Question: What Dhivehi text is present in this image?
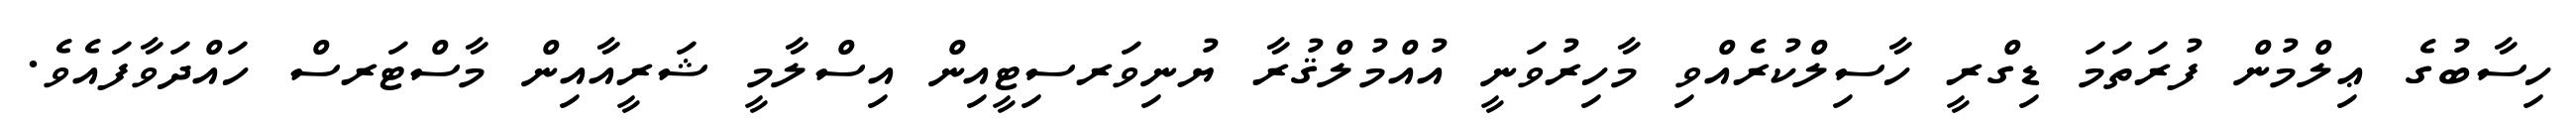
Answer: ހިސާބުގެ ޢިލްމުން ފުރަތަމަ ޑިގްރީ ހާސިލްކުރެއްވި މާހިރުވަނީ އުއްމުލްޤުރާ ޔުނިވަރސިޓީއިން އިސްލާމީ ޝަރީއާއިން މާސްޓަރސް ހައްދަވާފައެވެ.